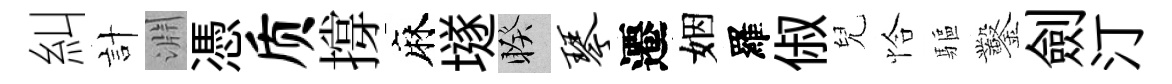
糾計淵憑质撐麻𡑞睽琴遷姻羅俶兒恰驅鑿劍汀